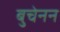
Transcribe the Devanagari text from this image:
बुचेनन